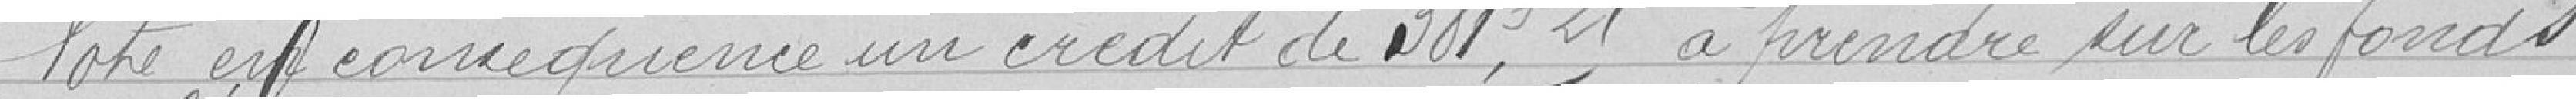
Vote en conséquence un crédit de 381F25 à prendre sur les fonds